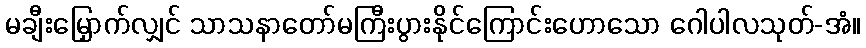
မချီးမြှောက်လျှင် သာသနာတော်မကြီးပွားနိုင်ကြောင်းဟောသော ဂေါပါလသုတ်-အံ။